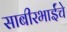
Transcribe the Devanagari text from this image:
साबीरभाईंचे